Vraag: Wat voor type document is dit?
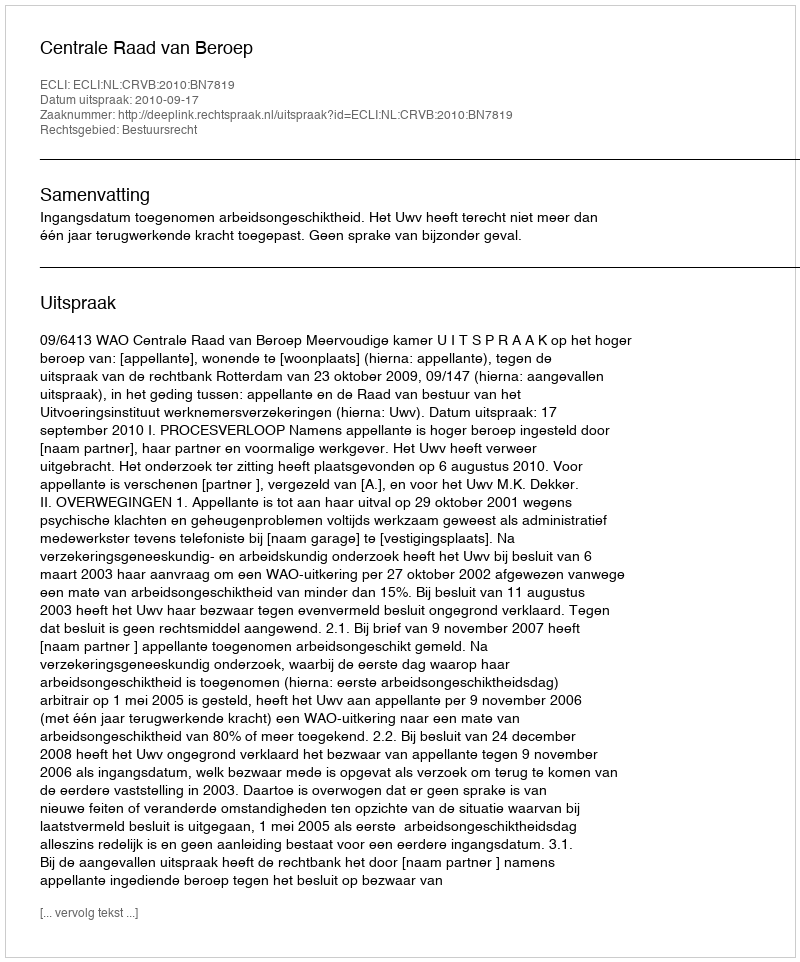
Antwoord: Uitspraak